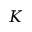
K